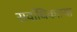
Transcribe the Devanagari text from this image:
सर्वाधिकतया